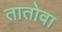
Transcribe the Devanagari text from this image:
तातोवा